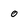
Character: 0